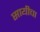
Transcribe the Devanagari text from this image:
सायीचा